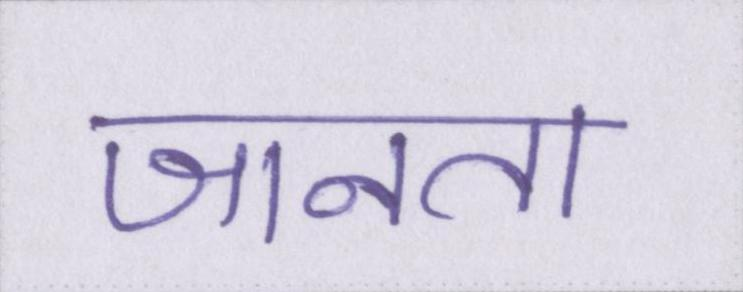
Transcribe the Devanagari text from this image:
जानता